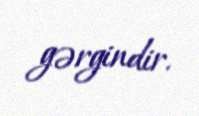
gərgindir.